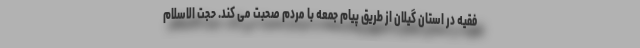
فقیه در استان گیلان از طریق پیام جمعه با مردم صحبت می کند. حجت الاسلام